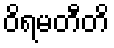
ဝိရမတီတိ